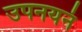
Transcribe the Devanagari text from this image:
उपनयनं